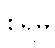
စရိမှ